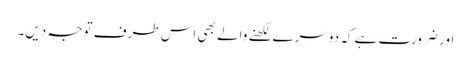
اور ضرورت ہے کہ دوسرے لکھنے والے بھی اس طرف توجہ دیں۔